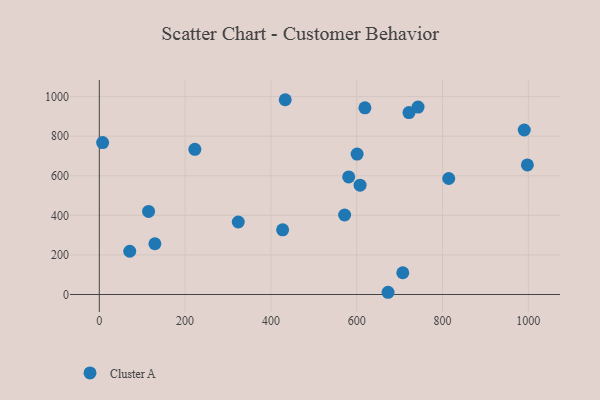
{"axis": {"x": "Speed", "y": "Fuel Efficiency"}, "legend": ["Cluster A"], "data": [{"x": "427.3", "y": 326.8, "type": "Cluster A"}, {"x": "600.9", "y": 709.4, "type": "Cluster A"}, {"x": "721.8", "y": 919.5, "type": "Cluster A"}, {"x": "433.3", "y": 984.2, "type": "Cluster A"}, {"x": "7.7", "y": 767.8, "type": "Cluster A"}, {"x": "70.9", "y": 218.7, "type": "Cluster A"}, {"x": "607.8", "y": 552.5, "type": "Cluster A"}, {"x": "129.5", "y": 256.6, "type": "Cluster A"}, {"x": "571.8", "y": 401.7, "type": "Cluster A"}, {"x": "619.1", "y": 943.1, "type": "Cluster A"}, {"x": "743.0", "y": 947.1, "type": "Cluster A"}, {"x": "990.5", "y": 831.3, "type": "Cluster A"}, {"x": "222.7", "y": 733.6, "type": "Cluster A"}, {"x": "114.8", "y": 419.7, "type": "Cluster A"}, {"x": "814.5", "y": 586.2, "type": "Cluster A"}, {"x": "707.4", "y": 110.0, "type": "Cluster A"}, {"x": "997.8", "y": 655.0, "type": "Cluster A"}, {"x": "323.9", "y": 366.3, "type": "Cluster A"}, {"x": "581.3", "y": 593.9, "type": "Cluster A"}, {"x": "673.0", "y": 11.3, "type": "Cluster A"}]}